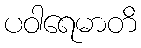
ပဝါရေမာတိ